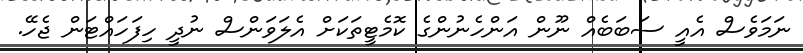
ނަމަވެސް އެއީ ސަބަބެއް ނޫން އަންހެނުންގެ ކޮމެޓީތަކަށް އެލަވަންސް ނުދީ ހިފަހައްޓަން ޖެހޭ.